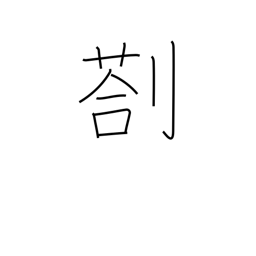
Meaning: remain